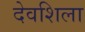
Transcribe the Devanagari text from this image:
देवशिला